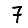
Digit: 7